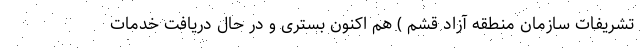
تشریفات سازمان منطقه آزاد قشم ) هم اکنون بستری و در حال دریافت خدمات